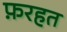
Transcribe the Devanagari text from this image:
फ़रहत